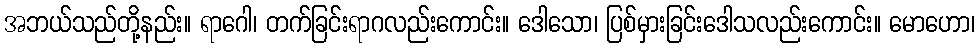
အဘယ်သည်တို့နည်း။ ရာဂေါ၊ တက်ခြင်းရာဂလည်းကောင်း။ ဒေါသော၊ ပြစ်မှားခြင်းဒေါသလည်းကောင်း။ မောဟော၊